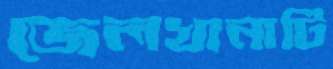
জেলখানাটি